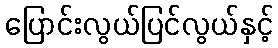
ပြောင်းလွယ်ပြင်လွယ်နှင့်